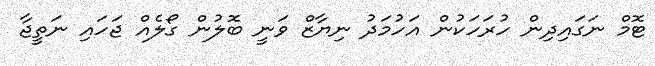
ޓޮމް ނަގައިދިން ހުރަހަކުން އަހުމަދު ނިޔާޒް ވަނީ ބޮލުން ގޯލެއް ޖަހައި ނަތީޖާ